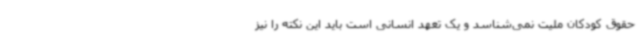
حقوق کودکان ملیت نمی‌شناسد و یک تعهد انسانی است باید این نکته را نیز